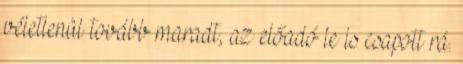
véletlenül tovább maradt, az előadó le is csapott rá.